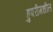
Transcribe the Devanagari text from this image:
हुपरीमधील